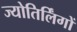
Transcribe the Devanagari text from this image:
ज्‍योतिर्लिंगों